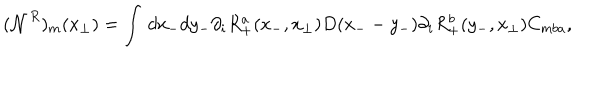
( { \mathcal N } ^ { R } ) _ { m } ( x _ { \perp } ) = \int \, d x _ { - } d y _ { - } \partial _ { i } R _ { + } ^ { a } ( x _ { - } , x _ { \perp } ) D ( x _ { - } - y _ { - } ) \partial _ { i } R _ { + } ^ { b } ( y _ { - } , x _ { \perp } ) C _ { m b a } ,